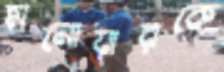
মনোয়ারকে